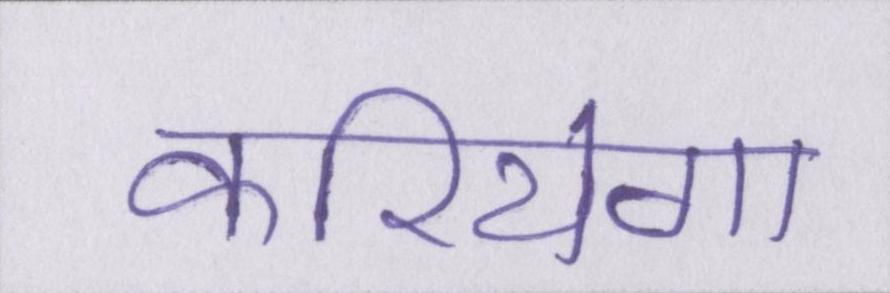
करियेगा